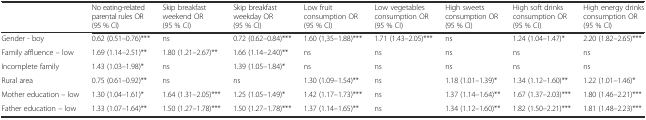
<table><thead><tr><td></td><td><b>No eating-related parental rules OR (95 % CI)</b></td><td><b>Skip breakfast weekend OR (95 % CI)</b></td><td><b>Skip breakfast weekday OR (95 % CI)</b></td><td><b>Low fruit consumption OR (95 % CI)</b></td><td><b>Low vegetables consumption OR (95 % CI)</b></td><td><b>High sweets consumption OR (95 % CI)</b></td><td><b>High soft drinks consumption OR (95 % CI)</b></td><td><b>High energy drinks consumption OR (95 % CI)</b></td></tr></thead><tbody><tr><td>Gender - boy</td><td>0.62 (0.51–0.76)***</td><td>ns</td><td>0.72 (0.62–0.84)***</td><td>1.60 (1,35–1.88)***</td><td>1.71 (1.43–2.05)***</td><td>ns</td><td>1.24 (1.04–1.47)*</td><td>2.20 (1.82–2.65)***</td></tr><tr><td>Family affluence – low</td><td>1.69 (1.14–2.51)**</td><td>1.80 (1.21–2.67)**</td><td>1.66 (1.14–2.40)**</td><td>ns</td><td>ns</td><td>ns</td><td>ns</td><td>ns</td></tr><tr><td>Incomplete family</td><td>1.43 (1.03–1.98)*</td><td>ns</td><td>1.39 (1.05–1.84)*</td><td>ns</td><td>ns</td><td>ns</td><td>ns</td><td>ns</td></tr><tr><td>Rural area</td><td>0.75 (0.61–0.92)**</td><td>ns</td><td>ns</td><td>1.30 (1.09–1.54)**</td><td>ns</td><td>1.18 (1.01–1.39)*</td><td>1.34 (1.12–1.60)**</td><td>1.22 (1.01–1.46)*</td></tr><tr><td>Mother education – low</td><td>1.30 (1.04–1.61)*</td><td>1.64 (1.31–2.05)***</td><td>1.25 (1.05–1.49)*</td><td>1.42 (1.17–1.73)***</td><td>ns</td><td>1.37 (1.14–1.64)**</td><td>1.67 (1.37–2.03)***</td><td>1.80 (1.46–2.21)***</td></tr><tr><td>Father education – low</td><td>1.33 (1.07–1.64)**</td><td>1.50 (1.27–1.78)***</td><td>1.50 (1.27–1.78)***</td><td>1.37 (1.14–1.65)**</td><td>ns</td><td>1.34 (1.12–1.60)**</td><td>1.82 (1.50–2.21)***</td><td>1.81 (1.48–2.23)***</td></tr></tbody></table>